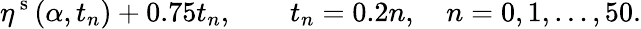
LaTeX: \eta^{\mathrm{~s~}}(\alpha,t_{n})+0.75t_{n},\qquad t_{n}=0.2n,\quad n=0,1,\ldots,50.